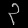
Digit: ၃